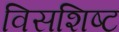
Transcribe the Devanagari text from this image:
विसशिष्ट